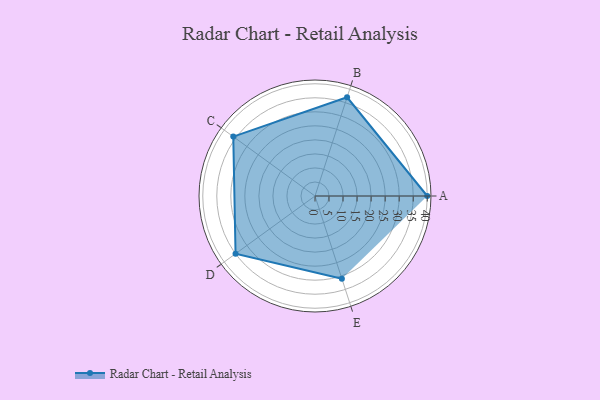
{"axis": {"x": "Skill", "y": "Score"}, "legend": ["Profile"], "data": [{"x": "A", "y": 40.0, "type": "Profile"}, {"x": "B", "y": 37.0, "type": "Profile"}, {"x": "C", "y": 36.0, "type": "Profile"}, {"x": "D", "y": 35.0, "type": "Profile"}, {"x": "E", "y": 31.0, "type": "Profile"}]}